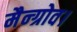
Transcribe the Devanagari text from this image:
मैन्ग्रोव।